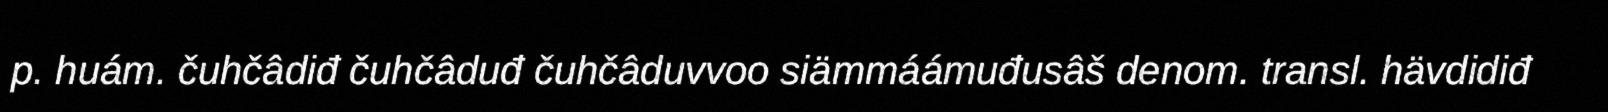
p. huám. čuhčâdiđ čuhčâduđ čuhčâduvvoo siämmáámuđusâš denom. transl. hävdidiđ